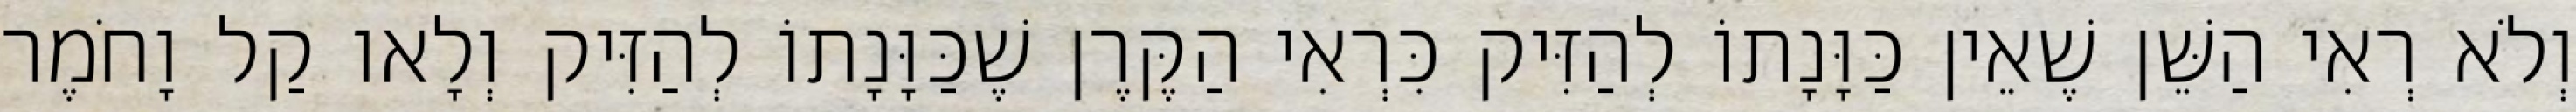
וְלֹא רְאִי הַשֵּׁן שֶׁאֵין כַּוָּנָתוֹ לְהַזִּיק כִּרְאִי הַקֶּרֶן שֶׁכַּוָּנָתוֹ לְהַזִּיק וְלָאו קַל וָחֹמֶר